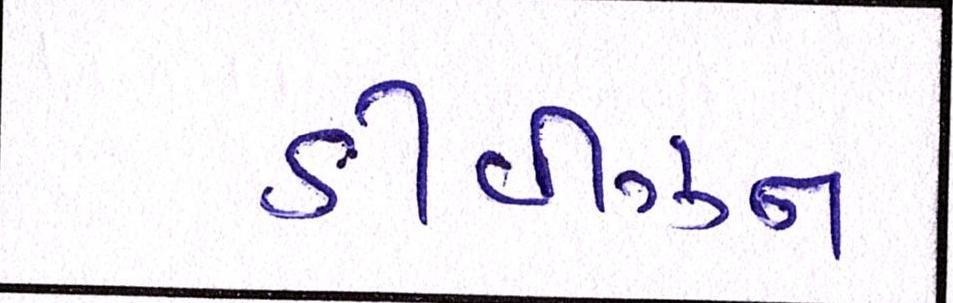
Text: ડીવીઝન